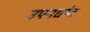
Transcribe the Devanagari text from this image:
उपनद्यांत